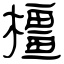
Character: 橿